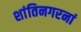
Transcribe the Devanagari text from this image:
शांतिनगरनां